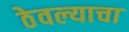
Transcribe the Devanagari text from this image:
ठेवल्याचा